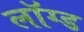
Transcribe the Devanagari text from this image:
लॉग्ड